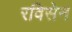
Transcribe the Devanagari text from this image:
रविसेन